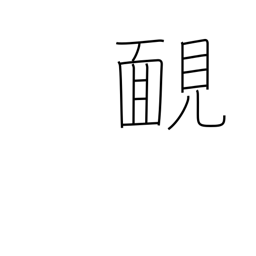
Meaning: unashamed